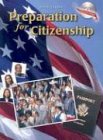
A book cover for Steck-Vaughn Preparation for Citizenship: Student Workbook Grade 2 - UP Preparation for Citizenship; STECK-VAUGHN; Test Preparation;